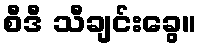
စီဒီ သီချင်းခွေ။